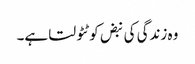
وہ زندگی کی نبض کو ٹٹولتا ہے۔